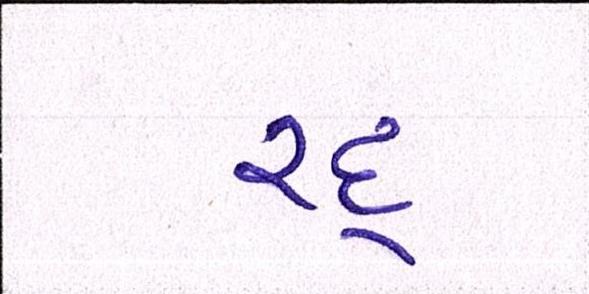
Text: રદ્